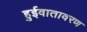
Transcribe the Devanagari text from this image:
हुईवातावरण